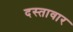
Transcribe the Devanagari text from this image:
दस्तावार